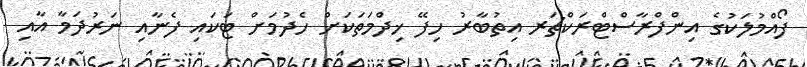
ފޯއްމުލަކުގެ އިންފްރާސްޓްރަކްޗަރ އިތުބާރު ހިފޭ ޚިދްމަތަކަށް ހެދުމަށް ޓަކައި ފެނާއި ނަރުދަމާ އާއި